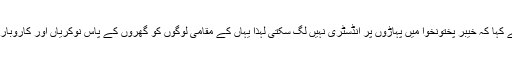
اس موقع پر انہوں نے ملک میں سیاحت کو فروغ دینے پر زور دیتے ہوئے کہا کہ خیبر پختونخوا میں پہاڑوں پر انڈسٹری نہیں لگ سکتی لہٰذا یہاں کے مقامی لوگوں کو گھروں کے پاس نوکریاں اور کاروبار کے مواقع فراہم کرنے کے لیے ضروری ہے کہ ہم سیاحت کو فروغ دیں۔